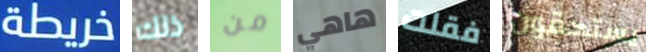
خريطة ذلك من هاهي فقلت يستحقون